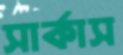
সার্কাস